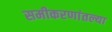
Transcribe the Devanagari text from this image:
समीकरणांतल्या